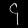
Digit: ၄